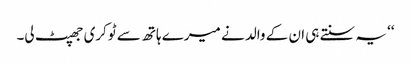
‘‘ یہ سنتے ہی ان کے والد نے میرے ہاتھ سے ٹوکری جھپٹ لی۔